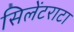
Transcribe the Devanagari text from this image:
सिलेंटराटा